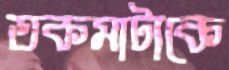
তকমাটাকে